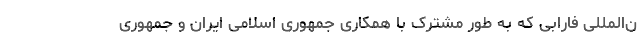
ن‌المللی فارابی که به طور مشترک با همکاری جمهوری اسلامی ایران و جمهوری